Punjab Mental Hospital Lahore 1922-31 - 1922-1931
Year: 1922
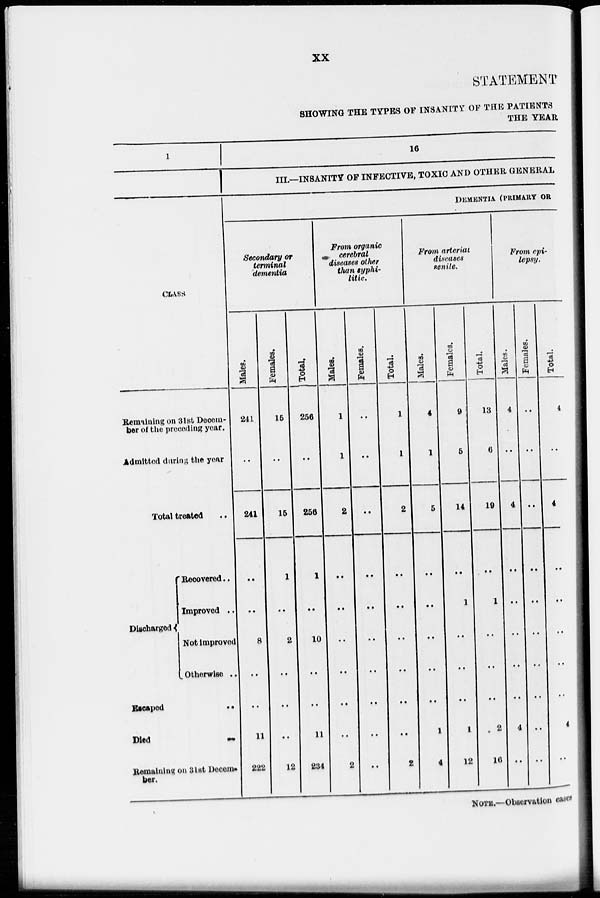
xx
STATEMENT
SHOWING THE TYPES OF INSANITY OF THE PATIENTS
THE YEAR
1
CLASS
Remaining on 31st Decem-
ber of the preceding year.
Admitted during the year
Total treated ..
Discharged
Recovered ..
Improved ..
Not improved
Otherwise ..
Escaped
..
Died
..
Remaining on 31st Decem-
bar.
16
III.—INSANITY OF INFECTIVE, TOXIC AND OTHER GENERAL
DEMENTIA (PRIMARY OR
Secondary or
terminal
dementia
Males.
241
..
241
..
..
8
..
..
11
222
Females.
15
..
15
1
..
2
..
..
..
12
Total.
256
..
256
1
..
10
..
..
11
234
From organic
cerebral
diseases other
than syphi-
litic.
Males.
1
1
2
..
..
..
..
..
..
2
Females.
..
..
..
..
..
..
..
..
..
..
Total.
1
1
2
..
..
..
..
..
..
2
From arterial
diseases
senile.
Males.
4
1
5
..
..
..
..
..
1
4
Females.
9
5
14
..
1
..
..
..
1
12
Total.
13
6
19
..
1
..
..
..
2
16
From epi-
lepsy.
Males.
4
..
4
..
..
..
..
..
4
..
Females.
..
..
..
..
..
..
..
..
..
..
Total.
4
..
4
..
..
..
..
..
4
..
NOTE.—Observation cases